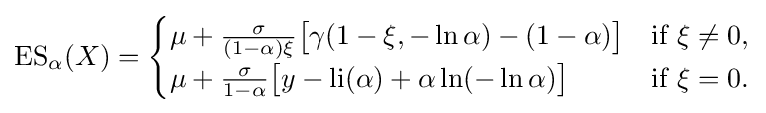
\operatorname {ES} _{\alpha }(X)={\begin{cases}\mu +{\frac {\sigma }{(1-\alpha )\xi }}{\bigl [}\gamma (1-\xi ,-\ln \alpha )-(1-\alpha ){\bigr ]}&{\text{if }}\xi \neq 0,\\\mu +{\frac {\sigma }{1-\alpha }}{\bigl [}y-{\text{li}}(\alpha )+\alpha \ln(-\ln \alpha ){\bigr ]}&{\text{if }}\xi =0.\end{cases}}